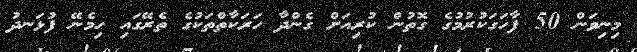
މިނިވަން 50 ފާހަގަކުރުމުގެ ގޮތުން ކުރިއަށް ގެންދާ ހަރަކާތްތަކުގެ ތެރޭގައި ހިމެނޭ ފުޅަނދު